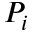
P _ { i }